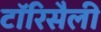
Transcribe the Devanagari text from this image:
टॉरिसैली